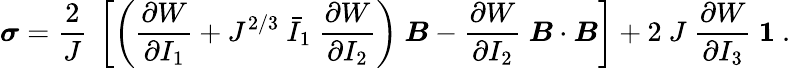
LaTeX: {\boldsymbol{\sigma}}={\frac{2}{J}}~\left[\left({\frac{\partial W}{\partial I_{1}}}+J^{2/3}~{\bar{I}}_{1}~{\frac{\partial W}{\partial I_{2}}}\right)~{\boldsymbol{B}}-{\frac{\partial W}{\partial I_{2}}}~{\boldsymbol{B}}\cdot{\boldsymbol{B}}\right]+2~J~{\frac{\partial W}{\partial I_{3}}}~{\boldsymbol{\mathit{1}}}~.